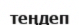
теңдеп